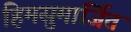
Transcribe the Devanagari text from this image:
हिमसुमार्जित